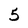
Character: 5